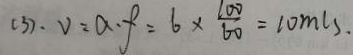
( 3 ) . V = a \cdot f = 6 \times \frac { 1 0 0 } { 6 0 } = 1 0 m l s .